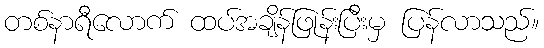
တစ်နာရီလောက် ထပ်အချိန်ဖြုန်းပြီးမှ ပြန်လာသည်။